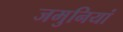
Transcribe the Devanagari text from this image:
जमुनियां